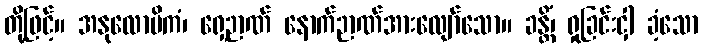
တို့ဖြင့်။ အနုလောမိကံ၊ ရှေ့ဉာဏ် နောက်ဉာဏ်အားလျော်သော။ ခန္တိံ၊ ရှုခြင်းငှါ ခံ့သော